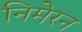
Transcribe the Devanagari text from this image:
निमेरन